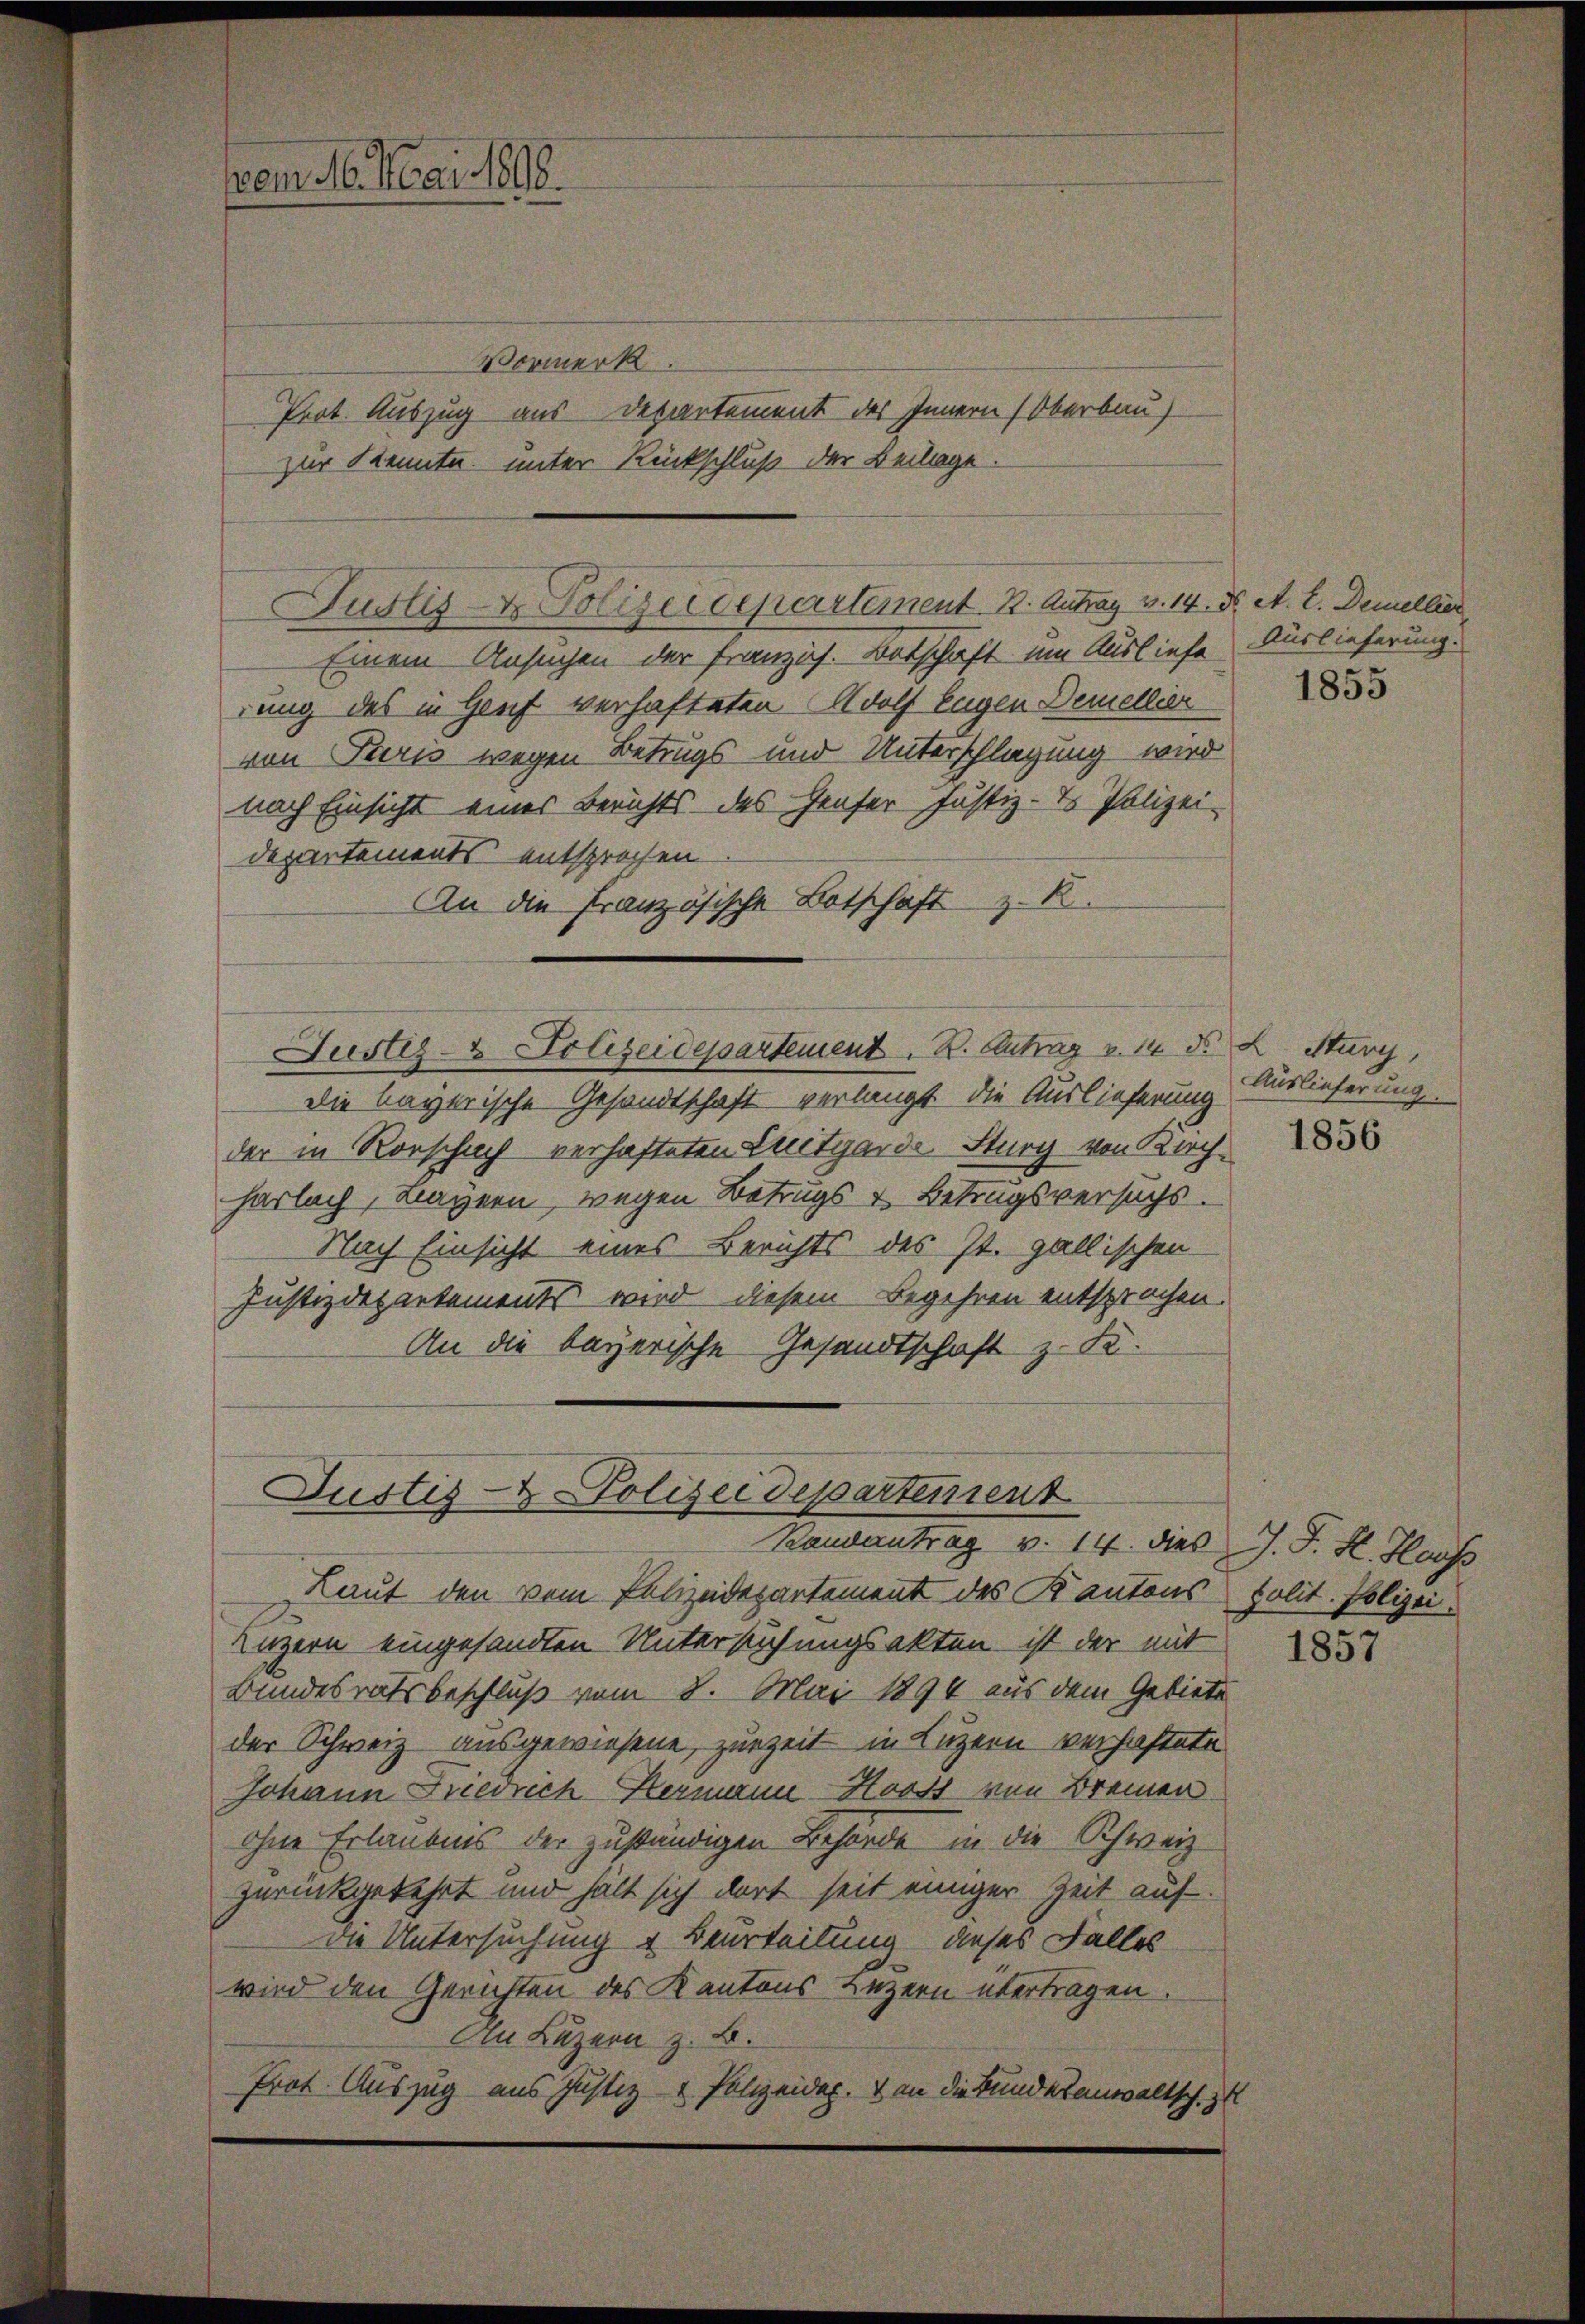
vom 16. Mai 1898.

Vormerk
Prot. Auszug aus Departement des Innern Oberbau
zur Kennte unter Rückschluß der Beilage

Justiz- & Polizeidepartement K. Antrag v. 14. d. A. L. Demellier

Einem Ansuchen der Franzich. Botschaft um Ausliefe Auslieferung.
rung des in Genf verhafteten Wolf Eugen Demellier
von Paris wegen Betrugs und Unterschlagung wird
nach Einsicht eines Berichts des Hauser Justiz- & Polizei-
departements entsprochen
An die Französische Botschaft z. B.
Justiz- & Polizeidepartement. B. Antrag v. 14 d. L. Stury,
die bayerische Gesandtschaft verlangt. Die Auslieferung
der in Vorschach verhafteten Zeitgarde. Sturz von Koch-
harlach, Lagern, wegen Betrugs & Betrugsversuchs.
Nach Einsicht eines Berichts des St. gallischen
Justizdepartements wird diesem Begehren entsprochen.
An die bayerische Gesandtschaft z. S.

Justiz- & Polizeidepartement
Randantrag v. 14. dies J. J. H. Hauss

Laut den dem Polizeidepartement des Kantons polit. Polizei.
Luzern eingesandten Untersuchungsakten ist der mit
Bundesratsbeschluß vom 8. Mai 1894 aus dem Gebiete
der Schweiz ausgewiesene, zurzeit in Luzern verhaftete
Johann Friedrich Hermann-Hooss von Bremen
ohne Erlaubnis der zuständigen Behörde in die Schweiz
zurückgekehrt und hält sich dort seit einiger Zeit auf
Die Untersuchung & Beurteilung dieses Falles
wird den Gerichten des Kantons Luzern übertragen.
An Luzern z. B.
Prot. Auszug aus Justiz- & Polizeider.  an die Bundesanwaltsch. zu

1855

Auslieferung

1856

1857